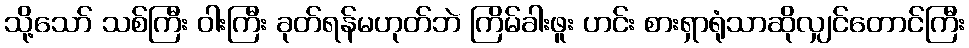
သို့သော် သစ်ကြီး ဝါးကြီး ခုတ်ရန်မဟုတ်ဘဲ ကြိမ်ခါးဖူး ဟင်း စားရှာရုံသာဆိုလျှင်တောင်ကြီး